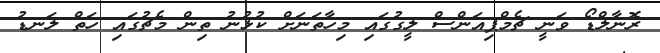
ރޮނާލްޑޯ ވަނީ ޗެމްޕިއަންސް ލީގުގައި މިހާތަނަށް ކުޅުނު ތިން މެޗުގައި ހަތް ލަނޑު